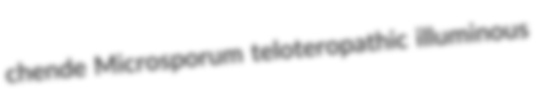
chende Microsporum teloteropathic illuminous